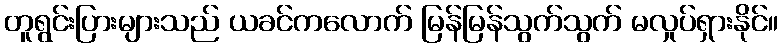
တူရွင်းပြားများသည် ယခင်ကလောက် မြန်မြန်သွက်သွက် မလှုပ်ရှားနိုင်။